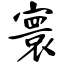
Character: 寰